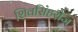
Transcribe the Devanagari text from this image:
शिवसिंहरोज